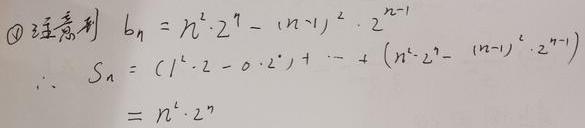
\[
\begin{align*}
&\textcircled{1}\text{注意到 }b_{n}=n^{2}\cdot2^{n}-(n - 1)^{2}\cdot2^{n - 1}\\
&\therefore S_{n}=(1^{2}\cdot2 - 0\cdot2^{0})+\cdots+(n^{2}\cdot2^{n}-(n - 1)^{2}\cdot2^{n - 1})\\
&=n^{2}\cdot2^{n}
\end{align*}
\]